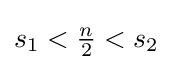
s_{1}<{\tfrac {n}{2}}<s_{2}